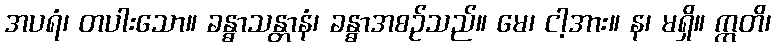
အပရံ၊ တပါးသော။ ခန္ဓာသန္တာနံ၊ ခန္ဓာအစဉ်သည်။ မေ၊ ငါ့အား။ န၊ မရှိ။ ဣတိ၊